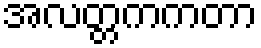
အလတ္တကကတာ